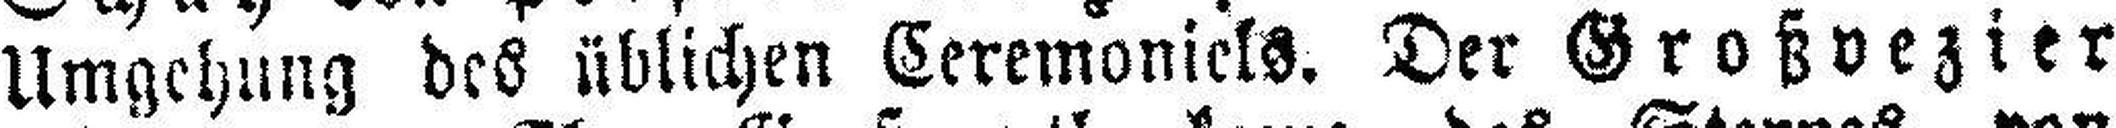
Umgehung des üblichen Ceremoniels. Der Großvezier